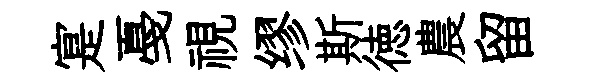
寔戞視缪斯徳農留